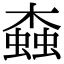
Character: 螙